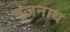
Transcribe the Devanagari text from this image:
बृजनाथ